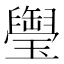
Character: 𤪭